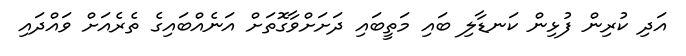
އަދި ކުރިން ފުޅިން ކަނޑާލި ބައި މަތީބައި ދަށަށްވާގޮތަށް އަނެއްބައިގެ ތެރެއަށް ވައްދައި